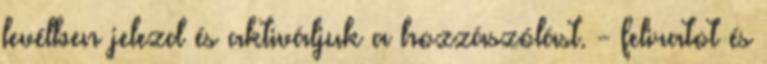
levélben jelezd és aktiváljuk a hozzászólást. - feliratot és